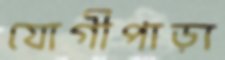
যোগীপাড়া